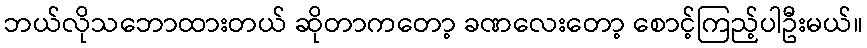
ဘယ်လိုသဘောထားတယ် ဆိုတာကတော့ ခဏလေးတော့ စောင့်ကြည့်ပါဦးမယ်။